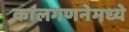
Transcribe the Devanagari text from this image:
कालगणनेमध्ये